Madras plague regulations and rules for the city of Madras
Disease focus: Plague
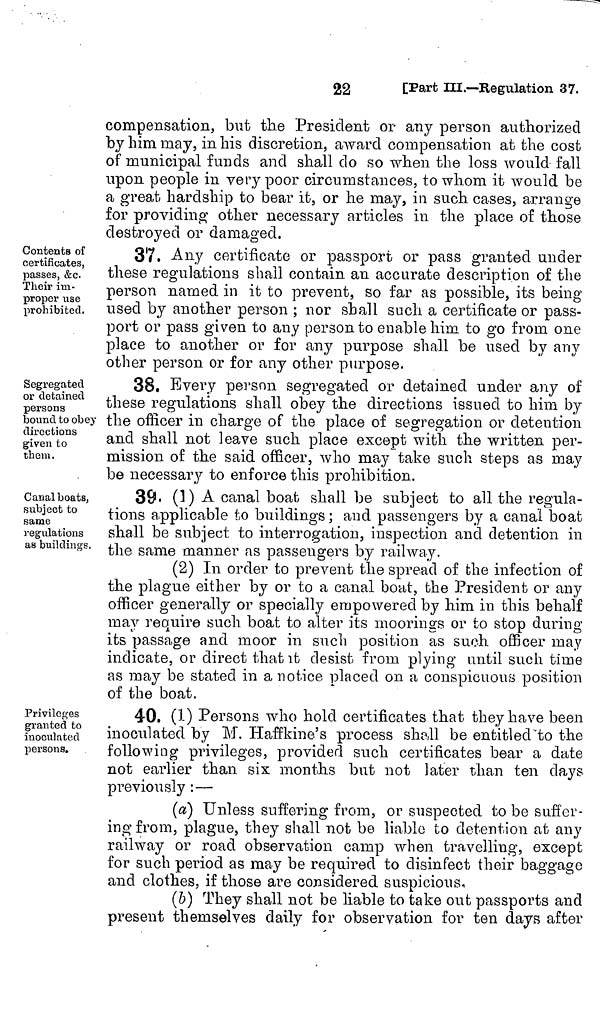
compensation, but the President or any person authorized
by him may, in his discretion, award compensation at the cost
of municipal funds and shall do so when the loss would fall
upon people in very poor circumstances, to whom it would be
a great hardship to bear it, or he may, in such cases, arrange
for providing other necessary articles in the place of those
destroyed or damaged.
Contents of
certificates,
passes, &c.
Their im-
proper use
prohibited.
37. Any certificate or passport or pass granted under
these regulations shall contain an accurate description of the
person named in it to prevent, so far as possible, its being
used by another person ; nor shall such a certificate or pass-
port or pass given to any person to enable to go from one
place to another or for any purpose shall be used by any
other person or for any other purpose.
Segregated
or detained
persons
bound to obey
directions
given to
them.
38. Every person segregated or detained under any of
these regulations shall obey the directions issued to him by
the officer in charge of the place of segregation or detention
and shall not leave such place except with the written per-
mission of the said officer, who may take such steps as may
be necessary to enforce this prohibition.
Canal boats,
subject to
same
regulations
as buildings.
39. (1) A canal boat shall be subject to all the regula-
tions applicable to buildings ; and passengers by a canal boat
shall be subject to interrogation, inspection and detention in
the same manner as passengers by railway.
(2) In order to prevent the spread of the infection of
the plague either by or to a canal boat, the President or any
officer generally or specially empowered by him in this behalf
may require such boat to alter its moorings or to stop during
its passage and moor in such position as such officer may
indicate, or direct that it desist from plying until such time
as may be stated in a notice placed on a conspicuous position
of the boat,
Privileges
granted to
inoculated
persons.
40. (1) Persons who hold certificates that they have been
inoculated by M. Haffkine's process shall be entitled to the
following privileges, provided such certificates bear a date
not earlier than six months but not later than ten days
previously :—
(a) Unless suffering from, or suspected to be suffer-
ing from, plague, they shall not be liable to detention at any
railway or road observation camp when travelling, except
for such period as may be required to disinfect their baggage
and clothes, if those are considered suspicious,
(5) They shall not be liable to take out passports and
present themselves daily for observation for ten days after